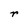
Character: r